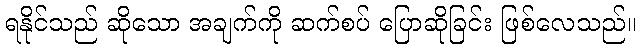
ရနိုင်သည် ဆိုသော အချက်ကို ဆက်စပ် ပြောဆိုခြင်း ဖြစ်လေသည်။